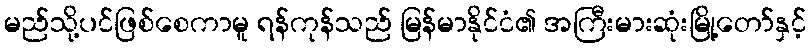
မည်သို့ပင်ဖြစ်စေကာမူ ရန်ကုန်သည် မြန်မာနိုင်ငံ၏ အကြီးမားဆုံးမြို့တော်နှင့်